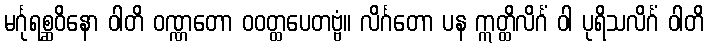
မင်္ဂုရစ္ဆဝိနော ဝါတိ ဝဏ္ဏတော ဝဝတ္ထပေတဗ္ဗံ။ လိင်္ဂတော ပန ဣတ္ထိလိင်္ဂံ ဝါ ပုရိသလိင်္ဂံ ဝါတိ